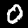
Label: 0